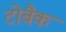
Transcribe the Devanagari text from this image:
टोबैक